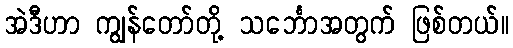
အဲဒီဟာ ကျွန်တော်တို့ သင်္ဘောအတွက် ဖြစ်တယ်။